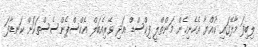
ލިބިފަ މާލޭގައި ކުއްޔާ އެހެނިހެން މަންތްލީ ފިކްސްޑް އަދި ވޭރިއެބަލް އެކްސްޕެންސެސްތަކަށް ކަނޑާފަ